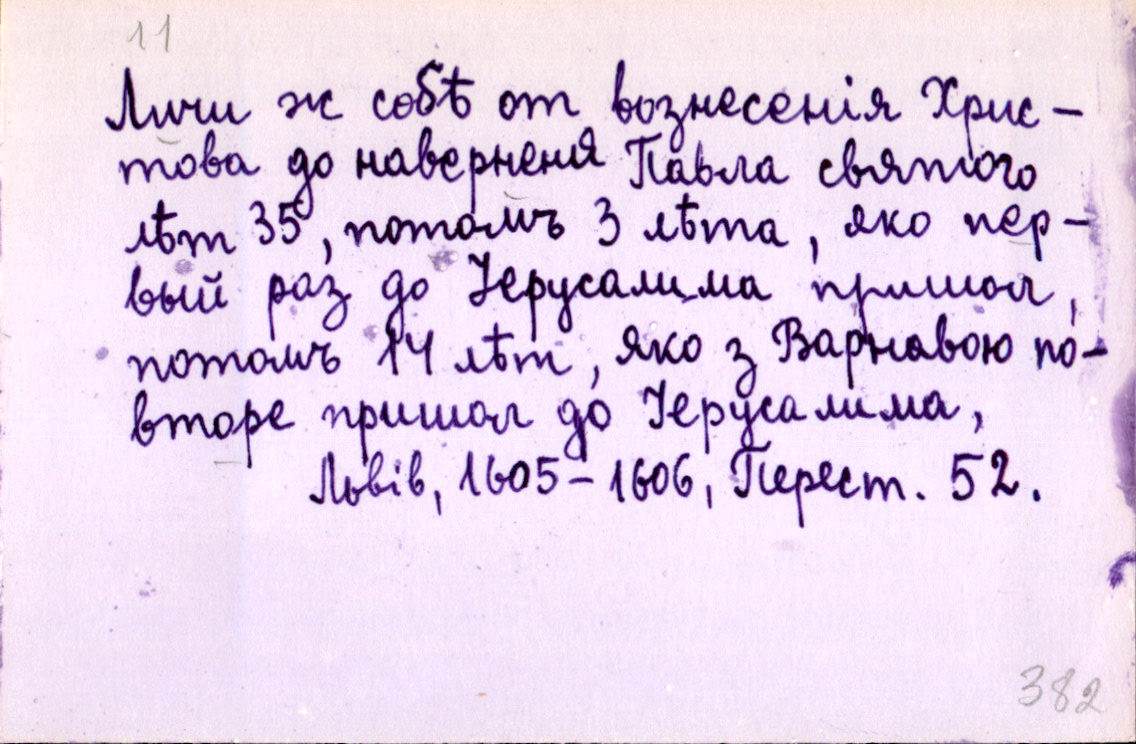
Личи ж собѣ от вознесенія Хрис-
това до наверненя Павла святого
лѣт 35, потомъ 3 лѣта, яко пер-
вый раз до Іерусалима пришол,
потомъ 14 лѣт, яко з Варнавою по-
втор̄е пришол до Іерусалима,
Львів, 1605-1606, Перест. 52.